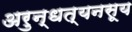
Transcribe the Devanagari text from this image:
अरुन्धत्यनसूय